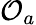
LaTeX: {\cal O}_{a}